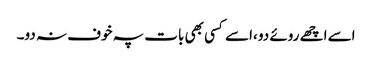
اسے اچھے روئے دو ،اسے کسی بھی بات پہ خوف نہ دو۔